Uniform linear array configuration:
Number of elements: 8
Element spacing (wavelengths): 0.75
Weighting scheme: hamming
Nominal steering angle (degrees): -60
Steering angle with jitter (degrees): -61.457
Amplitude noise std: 0.05
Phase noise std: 0.05

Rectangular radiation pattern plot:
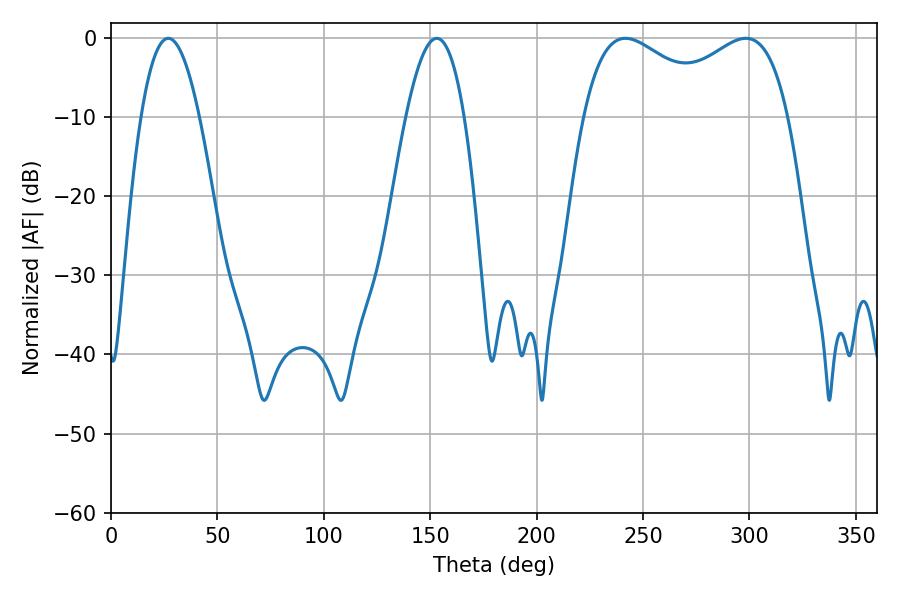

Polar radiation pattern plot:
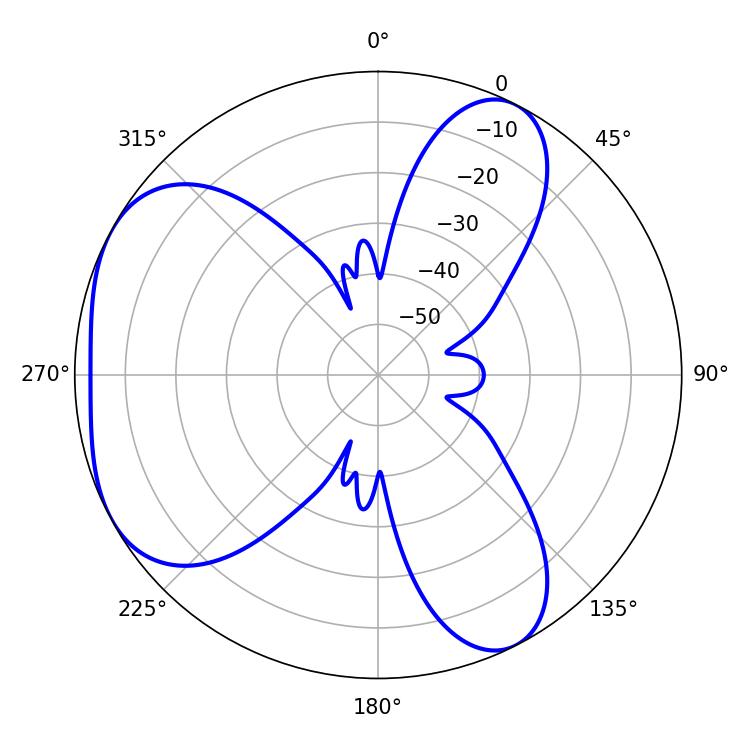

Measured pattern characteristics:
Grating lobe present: TRUE
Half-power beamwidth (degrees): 36.54
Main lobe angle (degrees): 241.74